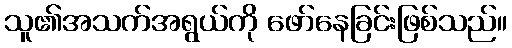
သူ၏အသက်အရွယ်ကို ဖော်နေခြင်းဖြစ်သည်။